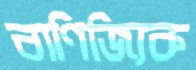
বাণিজ্যিক